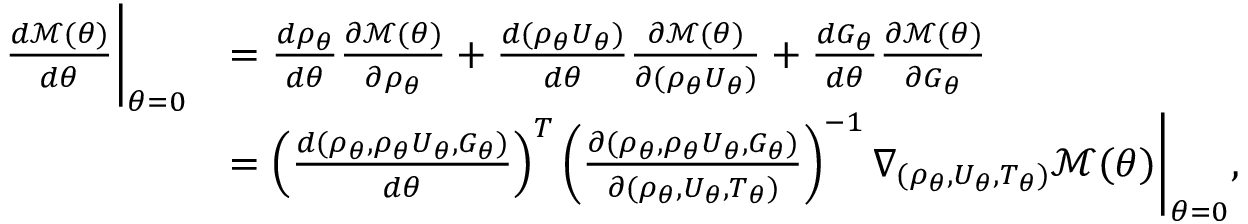
\begin{array} { r l } { \frac { d \mathcal { M } ( \theta ) } { d \theta } \bigg | _ { \theta = 0 } } & { = \frac { d \rho _ { \theta } } { d \theta } \frac { \partial \mathcal { M } ( \theta ) } { \partial \rho _ { \theta } } + \frac { d ( \rho _ { \theta } U _ { \theta } ) } { d \theta } \frac { \partial \mathcal { M } ( \theta ) } { \partial ( \rho _ { \theta } U _ { \theta } ) } + \frac { d G _ { \theta } } { d \theta } \frac { \partial \mathcal { M } ( \theta ) } { \partial G _ { \theta } } } \\ & { = \left( \frac { d ( \rho _ { \theta } , \rho _ { \theta } U _ { \theta } , G _ { \theta } ) } { d \theta } \right) ^ { T } \left( \frac { \partial ( \rho _ { \theta } , \rho _ { \theta } U _ { \theta } , G _ { \theta } ) } { \partial ( \rho _ { \theta } , U _ { \theta } , T _ { \theta } ) } \right) ^ { - 1 } \nabla _ { ( \rho _ { \theta } , U _ { \theta } , T _ { \theta } ) } \mathcal { M } ( \theta ) \bigg | _ { \theta = 0 } , } \end{array}